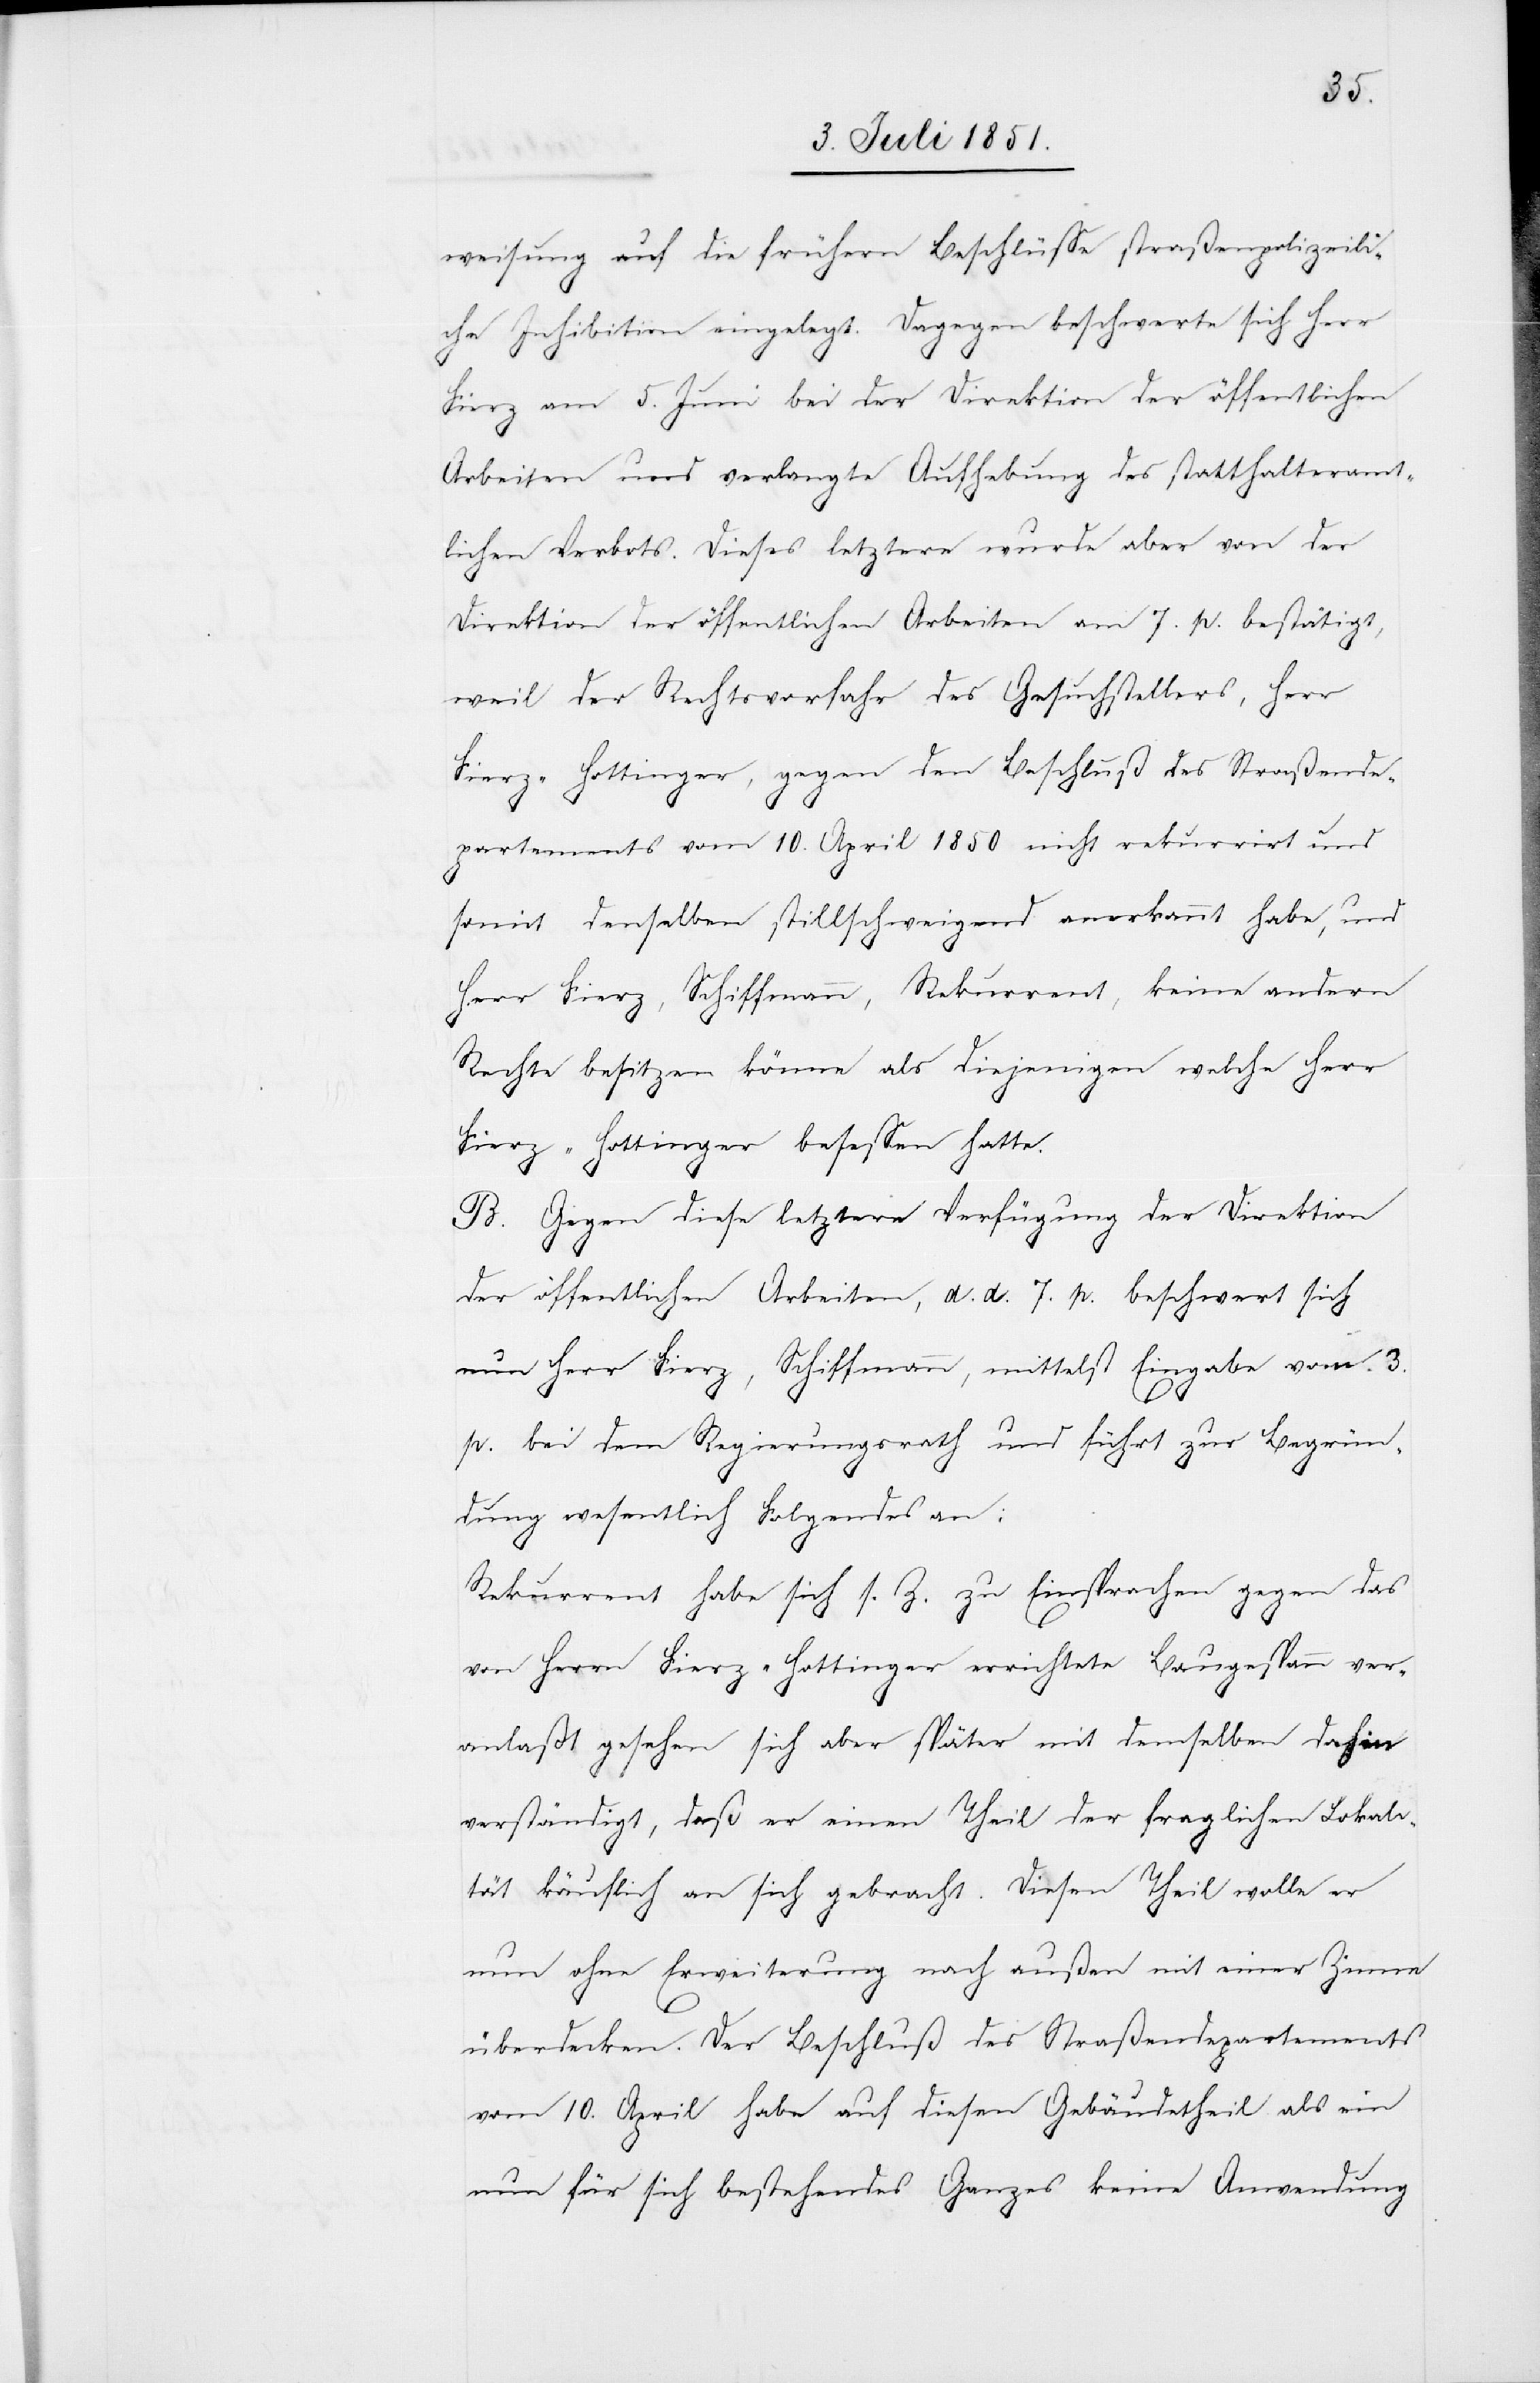
weisung auf die frühern Beschlüsse straßenpolizeili¬
che Inhibition eingelegt. Dagegen beschwerte sich Herr
Fierz am 5. Juni bei der Direktion der öffentlichen
Arbeiten und verlangte Aufhebung des statthalteramt¬
lichen Verbots. Dieses letztere wurde aber von der
Direktion der öffentlichen Arbeiten am 7. p. bestätigt,
weil der Rechtsvorfahr des Gesuchstellers, Herr
Fierz-Hottinger, gegen den Beschluß des Straßende¬
partements vom 10. April 1850 nicht rekurrirt und
somit denselben stillschweigend anerkannt habe, und
Herr Fierz, Schiffmann, Rekurrent, keine andern
Rechte besitzen könne als diejenigen welche Herr
Fierz-Hottinger besessen hatte.
B. Gegen diese letztere Verfügung der Direktion
der öffentlichen Arbeiten, d. d. 7. p. beschwert sich
nun Herr Fierz, Schiffmann, mittelst Eingabe vom 3.
p. bei dem Regierungsrath und führt zur Begrün¬
dung wesentlich Folgendes an:
Rekurrent habe sich s. Z. zu Einsprachen gegen das
von Herrn Fierz-Hottinger errichtete Baugespann ver¬
anlaßt gesehen sich aber später mit demselben dahin
verständigt, daß er einen Theil der fraglichen Lokali¬
tät käuflich an sich gebracht. Diesen Theil wolle er
nun ohne Erweiterung nach außen mit einer Zinne
überdecken. Der Beschluß des Straßendepartements
vom 10. April habe auf diesen Gebäudetheil als ein
nun für sich bestehendes Ganzes keine Anwendung